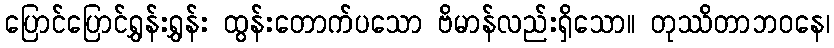
ပြောင်ပြောင်ရွှန်းရွှန်း ထွန်းတောက်ပသော ဗိမာန်လည်းရှိသော။ တုဿိတာဘဝနေ၊